system: You are a helpful assistant.
user:
Analyze the provided spectrum to determine if it is a **"Cataclysmic Variables (CV)"**.

- **Key Indicators for CV (Check for either state):**
    - **State 1: Quiescent / Low-State (Emission-Dominated)**
        - **(Primary):** Strong and *very broad* Hydrogen Balmer emission lines (e.g., $H\alpha$ at 6563 Å, $H\beta$ at 4861 Å). The 'broadness' (high velocity dispersion, often FWHM > 1000 km/s) is the key diagnostic, indicating a high-velocity accretion disk.
        - **(Secondary):** Broad neutral Helium (He I) emission lines (e.g., 5876 Å, 6678 Å).
        - **(Key Confirmation):** Presence of high-excitation *ionized* Helium (He II) emission at 4686 Å. This is a strong indicator of accretion onto a white dwarf.
        - **(Line Profile):** Emission lines may exhibit a 'double-peaked' profile, which is a classic signature of a rotating accretion disk viewed at high inclination.

    - **State 2: Outburst / High-State (Absorption-Dominated)**
        - **(Primary):** Spectrum is dominated by a bright, blue continuum (looks like a hot star).
        - **(Secondary):** The emission lines from State 1 are weak, absent, or 'filled in', and are replaced by broad, shallow *absorption* lines (primarily Balmer and He I).
        - **(Morphology):** The overall spectrum mimics a hot B/A-type star. The crucial difference is that the absorption lines are significantly broader, shallower, and more 'washed-out' (or 'smeared') than the sharp lines of a normal stellar photosphere, due to high rotational speeds and pressure broadening in the disk.

Think first, call **spectral_visualization_tool** if needed to examine features in detail, then provide your final answer. Your response must adhere to the following strict rules:
1.  **Overall Structure:** Your response must follow the format `<think>...</think> <tool_call>...</tool_call> (if a tool is used) <answer>...</answer>`.
2.  **Tool Usage Constraint:** You may only make **one** tool call per turn.
3.  **Final Answer Format:** In the `<answer>` tag, your conclusion must be inside a `\boxed{}` command (e.g., `\boxed{YES}`), followed by your justification.

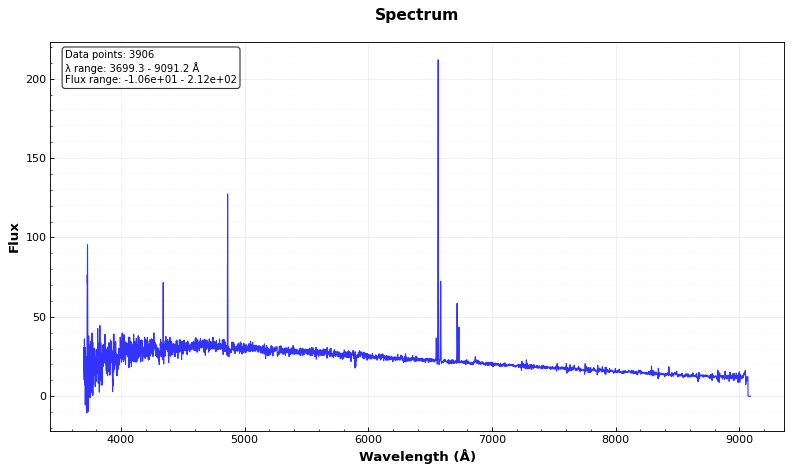
Answer: NO